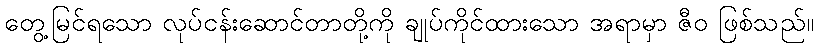
တွေ့မြင်ရသော လုပ်ငန်းဆောင်တာတို့ကို ချုပ်ကိုင်ထားသော အရာမှာ ဇီဝ ဖြစ်သည်။